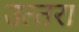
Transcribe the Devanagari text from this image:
उत्‍तरा